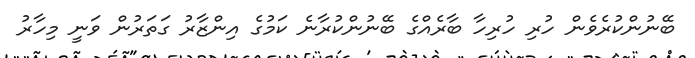
ބޭނުންކުރެވެން ހުރި ހުރިހާ ބާރެއްގެ ބޭނުންކުރާނެ ކަމުގެ އިންޒާރު ގަތަރުން ވަނީ މިހާރު